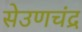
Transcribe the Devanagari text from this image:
सेउणचंद्र